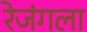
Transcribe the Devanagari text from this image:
रेजंगला